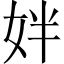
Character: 姅